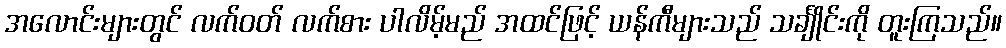
အလောင်းများတွင် လက်ဝတ် လက်စား ပါလိမ့်မည် အထင်ဖြင့် ယန်ကီများသည် သင်္ချိုင်းကို တူးကြသည်။